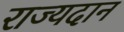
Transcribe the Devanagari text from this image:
राज्यदान